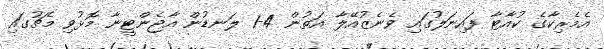
އެމެރިކާގެ ކުއާޓާ ފައިނަލުގައި ވެނެޒުއޭލާ އަތުން 4-1 ލަނޑުން އާޖެންޓީނާ މޮޅުވި މެޗުގައި